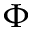
\Phi